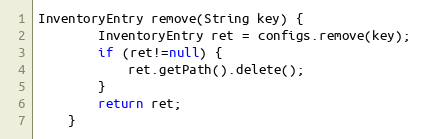
Language: Java
InventoryEntry remove(String key) {
		InventoryEntry ret = configs.remove(key);
		if (ret!=null) {
			ret.getPath().delete();
		}
		return ret;
	}